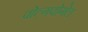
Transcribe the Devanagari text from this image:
वोल्गवोगेल